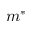
m ^ { * }